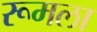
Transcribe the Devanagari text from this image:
रूमला